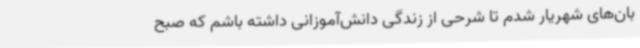
بان‌های شهریار شدم تا شرحی از زندگی دانش‌آموزانی داشته باشم که صبح